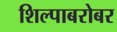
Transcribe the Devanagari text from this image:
शिल्पाबरोबर